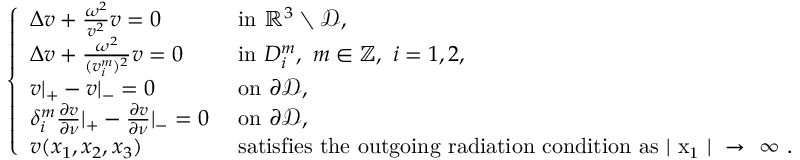
\begin{array} { r } { \left\{ \begin{array} { l l } { \Delta v + \frac { \omega ^ { 2 } } { v ^ { 2 } } v = 0 } & { \mathrm { ~ i n ~ } \mathbb { R } ^ { 3 } \setminus \mathcal { D } , } \\ { \Delta v + \frac { \omega ^ { 2 } } { ( v _ { i } ^ { m } ) ^ { 2 } } v = 0 } & { \mathrm { ~ i n ~ } D _ { i } ^ { m } , ~ m \in \mathbb { Z } , ~ i = 1 , 2 , } \\ { v \rvert _ { + } - v \rvert _ { - } = 0 } & { \mathrm { ~ o n ~ } \partial \mathcal { D } , } \\ { \delta _ { i } ^ { m } \frac { \partial v } { \partial \nu } \rvert _ { + } - \frac { \partial v } { \partial \nu } \rvert _ { - } = 0 } & { \mathrm { ~ o n ~ } \partial \mathcal { D } , } \\ { v ( x _ { 1 } , x _ { 2 } , x _ { 3 } ) } & { \mathrm { ~ s a t i s f i e s ~ t h e ~ o u t g o i n g ~ r a d i a t i o n ~ c o n d i t i o n ~ a s ~ \lvert ~ x _ 1 ~ \rvert ~ \rightarrow ~ \infty ~ . } } \end{array} \right. } \end{array}